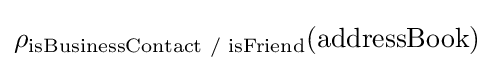
\rho _{\text{isBusinessContact / isFriend}}({\text{addressBook}})